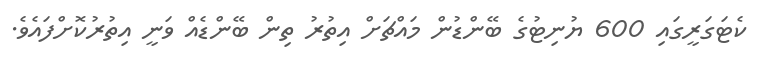
ކެޓަގަރީގައި 600 ޔުނިޓުގެ ބޭންޑުން މައްޗަށް އިތުރު ތިން ބޭންޑެއް ވަނީ އިތުރުކޮށްފައެވެ.